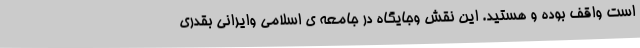
است واقف بوده و هستید. این نقش وجایگاه در جامعه ی اسلامی وایرانی بقدری